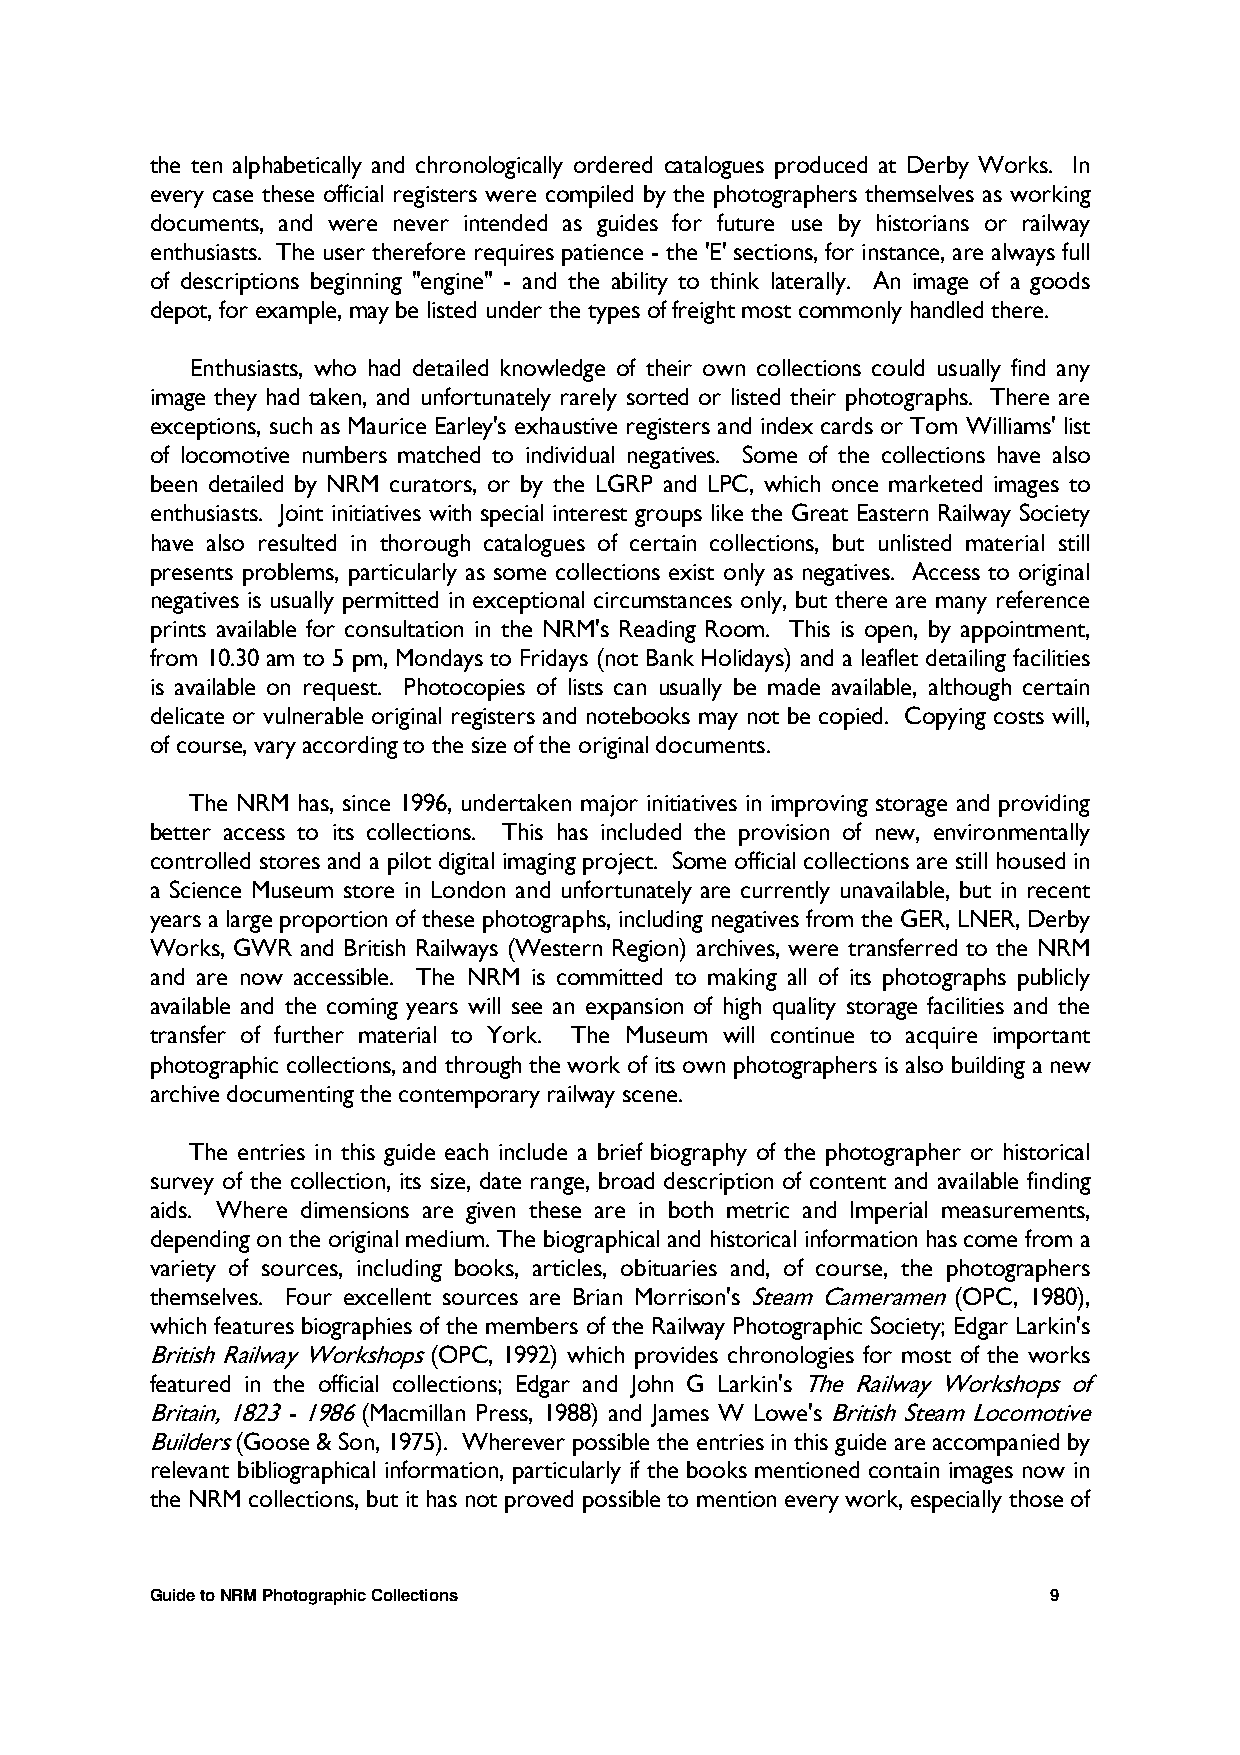
the ten alphabetically and chronologically ordered catalogues produced at Derby Works. In
 every case these official registers were compiled by the photographers themselves as working
 documents, and were never intended as guides for future use by historians or railway
 enthusiasts. The user therefore requires patience - the 'E' sections, for instance, are always full
 of descriptions beginning "engine" - and the ability to think laterally. An image of a goods
 depot, for example, may be listed under the types of freight most commonly handled there.
 Enthusiasts, who had detailed knowledge of their own collections could usually find any
 image they had taken, and unfortunately rarely sorted or listed their photographs. There are
 exceptions, such as Maurice Earley's exhaustive registers and index cards or Tom Williams' list
 of locomotive numbers matched to individual negatives. Some of the collections have also
 been detailed by NRM curators, or by the LGRP and LPC, which once marketed images to
 enthusiasts. Joint initiatives with special interest groups like the Great Eastern Railway Society
 have also resulted in thorough catalogues of certain collections, but unlisted material still
 presents problems, particularly as some collections exist only as negatives. Access to original
 negatives is usually permitted in exceptional circumstances only, but there are many reference
 prints available for consultation in the NRM's Reading Room. This is open, by appointment,
 from 10.30 am to 5 pm, Mondays to Fridays (not Bank Holidays) and a leaflet detailing facilities
 is available on request. Photocopies of lists can usually be made available, although certain
 delicate or vulnerable original registers and notebooks may not be copied. Copying costs will,
 of course, vary according to the size of the original documents.
 The NRM has, since 1996, undertaken major initiatives in improving storage and providing
 better access to its collections. This has included the provision of new, environmentally
 controlled stores and a pilot digital imaging project. Some official collections are still housed in
 a Science Museum store in London and unfortunately are currently unavailable, but in recent
 years a large proportion of these photographs, including negatives from the GER, LNER, Derby
 Works, GWR and British Railways (Western Region) archives, were transferred to the NRM
 and are now accessible. The NRM is committed to making all of its photographs publicly
 available and the coming years will see an expansion of high quality storage facilities and the
 transfer of further material to York. The Museum will continue to acquire important
 photographic collections, and through the work of its own photographers is also building a new
 archive documenting the contemporary railway scene.
 The entries in this guide each include a brief biography of the photographer or historical
 survey of the collection, its size, date range, broad description of content and available finding
 aids. Where dimensions are given these are in both metric and Imperial measurements,
 depending on the original medium. The biographical and historical information has come from a
 variety of sources, including books, articles, obituaries and, of course, the photographers
 themselves. Four excellent sources are Brian Morrison's Steam Cameramen (OPC, 1980),
 which features biographies of the members of the Railway Photographic Society; Edgar Larkin's
 British Railway Workshops (OPC, 1992) which provides chronologies for most of the works
 featured in the official collections; Edgar and John G Larkin's The Railway Workshops of
 Britain, 1823 - 1986 (Macmillan Press, 1988) and James W Lowe's British Steam Locomotive
 Builders (Goose & Son, 1975). Wherever possible the entries in this guide are accompanied by
 relevant bibliographical information, particularly if the books mentioned contain images now in
 the NRM collections, but it has not proved possible to mention every work, especially those of
 Guide to NRM Photographic Collections                       9